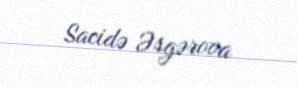
Sacidə Əsgərova